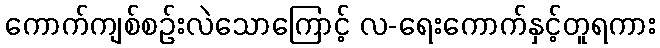
ကောက်ကျစ်စဉ်းလဲသောကြောင့် လ-ရေးကောက်နှင့်တူရကား